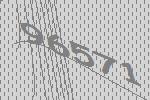
96571